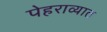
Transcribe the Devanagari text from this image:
पेहराव्यात